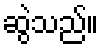
ဆွဲသည်။